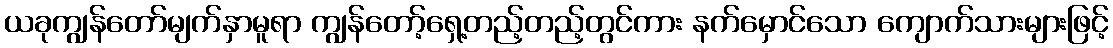
ယခုကျွန်တော်မျက်နှာမူရာ ကျွန်တော့်ရှေ့တည့်တည့်တွင်ကား နက်မှောင်သော ကျောက်သားများဖြင့်